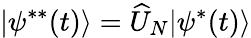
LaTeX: |\psi^{**}(t)\rangle=\widehat{U}_{N}|\psi^{*}(t)\rangle